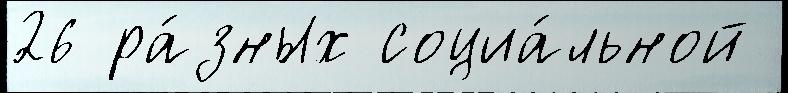
26 ра́зных социа́льной